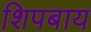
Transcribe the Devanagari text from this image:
शिपबाय